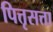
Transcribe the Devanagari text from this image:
पित्तृसत्ता